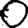
Digit: 0